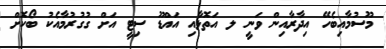
މޫސުމާއިބެހޭ އިދާރާއިން ވަނީ ލ އަތޮޅާއި އައްޑޫ ސިޓީ އަށް ގުގުރުމާއެކު ބޯކޮށް